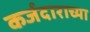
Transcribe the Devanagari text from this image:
कर्जदाराच्या